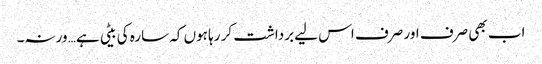
اب بھی صرف اور صرف اس لیے برداشت کر رہا ہوں کہ سارہ کی بیٹی ہے… ورنہ۔